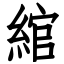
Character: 綰